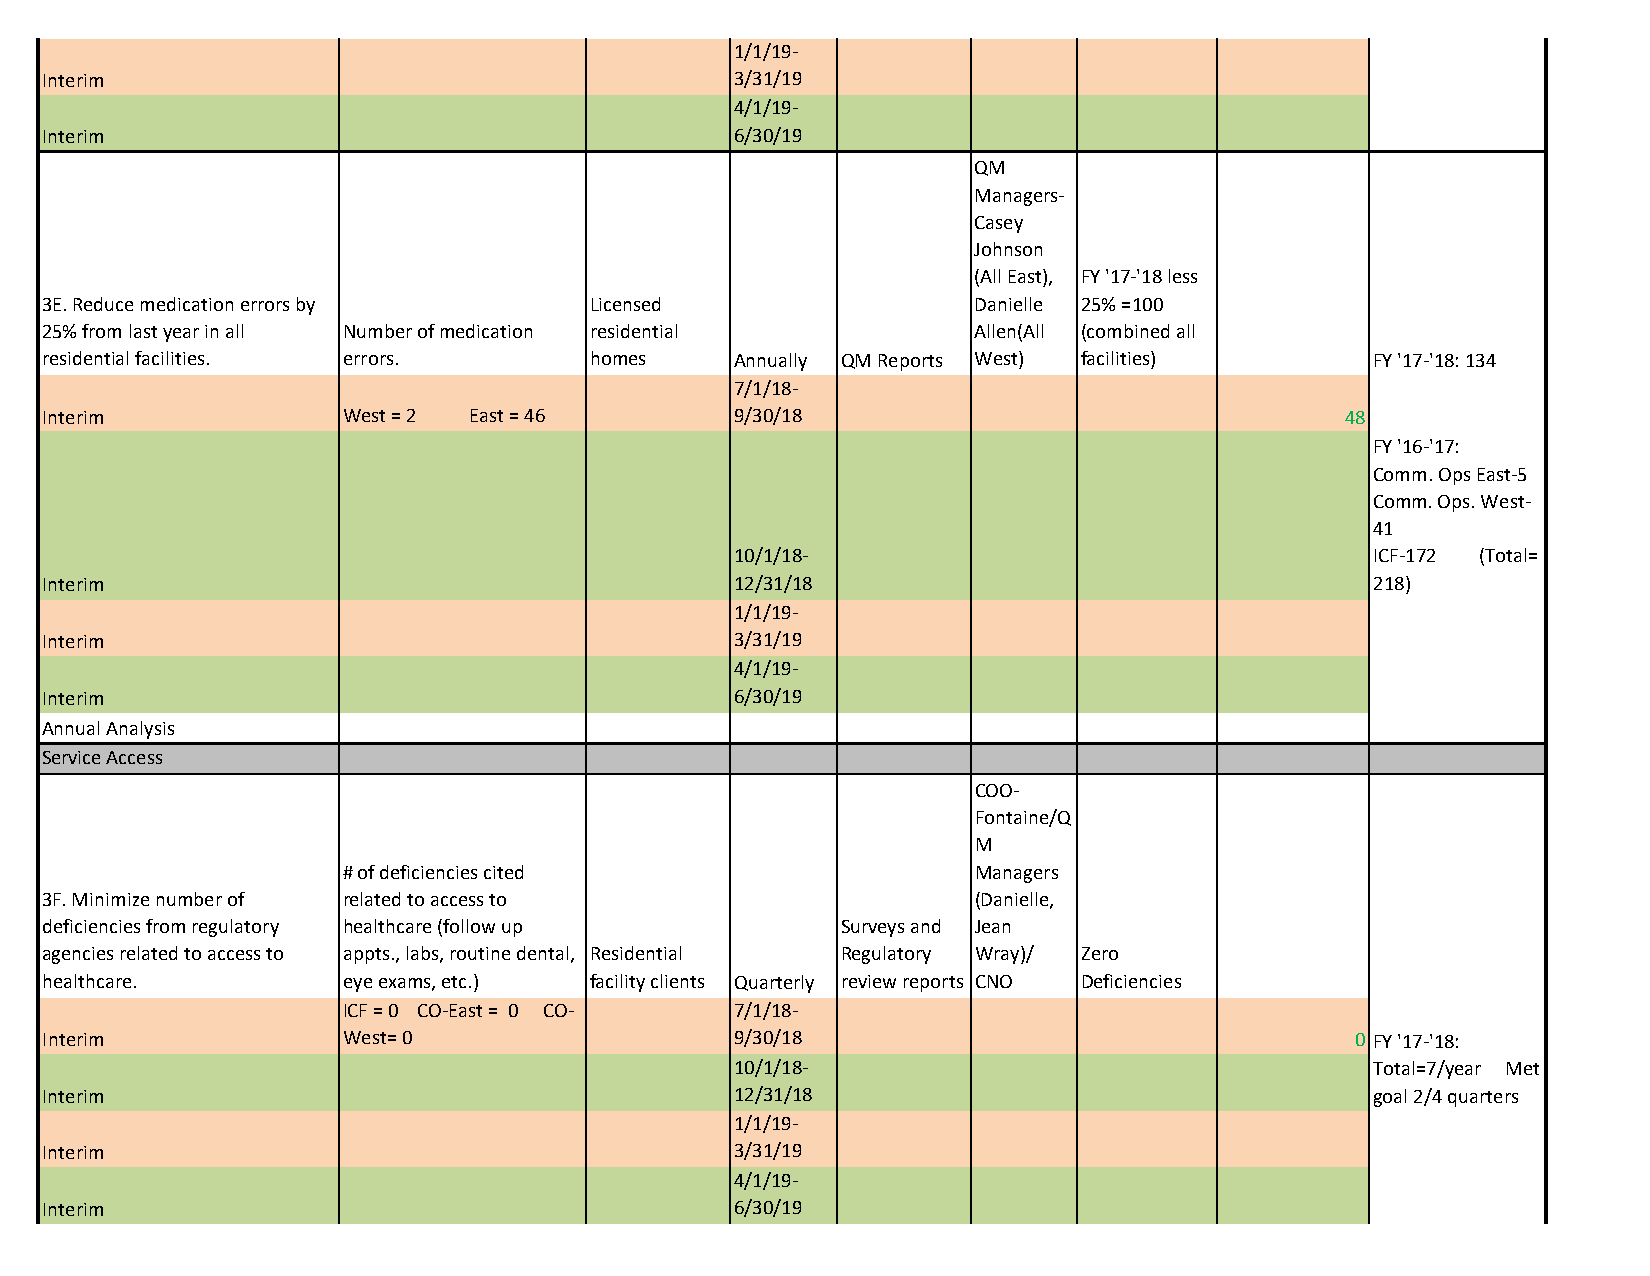
1/1/19-
 Interim                                       3/31/19
 4/1/19-
 Interim                                       6/30/19
 QM
 Managers-
 Casey
 Johnson
 (All East), FY '17-'18 less
 3E. Reduce medication errors by     Licensed                  Danielle 25% =100
 25% from last year in all Number of medication residential    Allen(All (combined all
 residential facilities. errors.     homes     Annually QM Reports West) facilities)     FY '17-'18: 134
 7/1/18-
 Interim             West = 2 East = 46        9/30/18                                 48
 FY '16-'17:
 Comm. Ops East-5
 Comm. Ops. West-
 41
 10/1/18-                                  ICF-172 (Total=
 Interim                                       12/31/18                                  218)
 1/1/19-
 Interim                                       3/31/19
 4/1/19-
 Interim                                       6/30/19
 Annual Analysis
 Service Access
 COO-
 Fontaine/Q
 M
 # of deficiencies cited                   Managers
 3F. Minimize number of related to access to                   (Danielle,
 deficiencies from regulatory healthcare (follow up   Surveys and Jean
 agencies related to access to appts., labs, routine dental, Residential Regulatory Wray)/ Zero
 healthcare.         eye exams, etc.) facility clients Quarterly review reports CNO Deficiencies
 ICF = 0 CO-East = 0 CO-   7/1/18-
 Interim             West= 0                   9/30/18                                  0 FY '17-'18:
 10/1/18-                                  Total=7/year Met
 Interim                                       12/31/18                                  goal 2/4 quarters
 1/1/19-
 Interim                                       3/31/19
 4/1/19-
 Interim                                       6/30/19